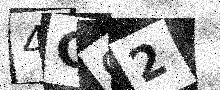
Text: 4G92